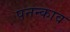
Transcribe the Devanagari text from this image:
पनन्काव